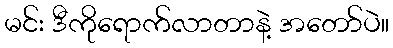
မင်း ဒီကိုရောက်လာတာနဲ့ အတော်ပဲ။